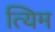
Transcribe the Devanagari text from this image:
त्यिम